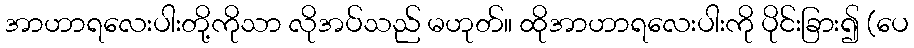
အာဟာရလေးပါးတို့ကိုသာ လိုအပ်သည် မဟုတ်။ ထိုအာဟာရလေးပါးကို ပိုင်းခြား၍ (ပေ